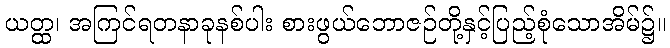
ယတ္ထ၊ အကြင်ရတနာခုနစ်ပါး စားဖွယ်ဘောဇဉ်တို့နှင့်ပြည့်စုံသောအိမ်၌။